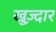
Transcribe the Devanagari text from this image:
खुज़्दार